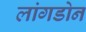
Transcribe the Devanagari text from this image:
लांगडोन